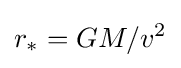
r_{*}=GM/v^{2}